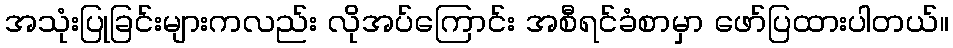
အသုံးပြုခြင်းများကလည်း လိုအပ်ကြောင်း အစီရင်ခံစာမှာ ဖော်ပြထားပါတယ်။